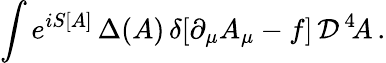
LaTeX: \int e^{iS[A]}\, \Delta(A)\, \delta[\partial_{\mu}A_{\mu}-f]\, {\cal D}^{\, 4}\! A\, .